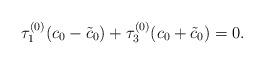
LaTeX: \begin{align*}\tau_{1}^{(0)} ( c_{0} -\tilde{c}_{0}) + \tau_{3}^{(0)} (c_{0} +\tilde{c}_{0}) =0.\end{align*}